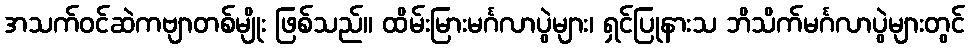
အသက်ဝင်ဆဲကဗျာတစ်မျိုး ဖြစ်သည်။ ထိမ်းမြားမင်္ဂလာပွဲများ၊ ရှင်ပြုနားသ ဘိသိက်မင်္ဂလာပွဲများတွင်